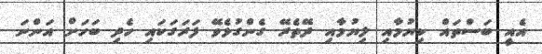
އެއީ ބަސްތައް ކިޔުމާއި ލިޔުމާއި ދޭތެރޭ ގެންގުޅެވޭ ފަރަގަކައި ހެދި ބަހަށް އަންނަ